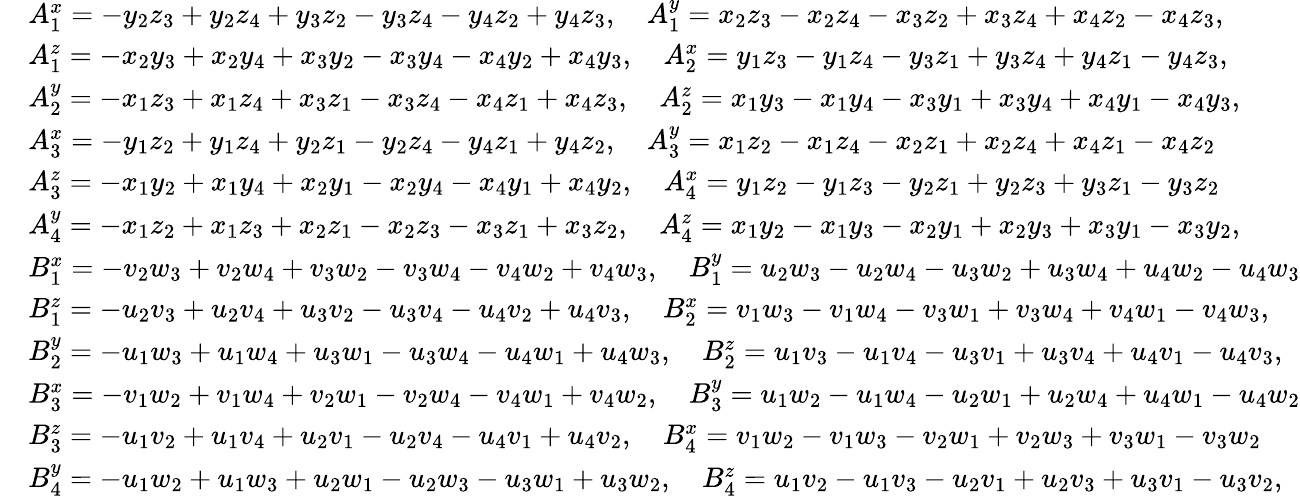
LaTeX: \begin{array}{rl}&{A_{1}^{x}=-y_{2}z_{3}+y_{2}z_{4}+y_{3}z_{2}-y_{3}z_{4}-y_{4}z_{2}+y_{4}z_{3},\quad A_{1}^{y}=x_{2}z_{3}-x_{2}z_{4}-x_{3}z_{2}+x_{3}z_{4}+x_{4}z_{2}-x_{4}z_{3},}\\ &{A_{1}^{z}=-x_{2}y_{3}+x_{2}y_{4}+x_{3}y_{2}-x_{3}y_{4}-x_{4}y_{2}+x_{4}y_{3},\quad A_{2}^{x}=y_{1}z_{3}-y_{1}z_{4}-y_{3}z_{1}+y_{3}z_{4}+y_{4}z_{1}-y_{4}z_{3},}\\ &{A_{2}^{y}=-x_{1}z_{3}+x_{1}z_{4}+x_{3}z_{1}-x_{3}z_{4}-x_{4}z_{1}+x_{4}z_{3},\quad A_{2}^{z}=x_{1}y_{3}-x_{1}y_{4}-x_{3}y_{1}+x_{3}y_{4}+x_{4}y_{1}-x_{4}y_{3},}\\ &{A_{3}^{x}=-y_{1}z_{2}+y_{1}z_{4}+y_{2}z_{1}-y_{2}z_{4}-y_{4}z_{1}+y_{4}z_{2},\quad A_{3}^{y}=x_{1}z_{2}-x_{1}z_{4}-x_{2}z_{1}+x_{2}z_{4}+x_{4}z_{1}-x_{4}z_{2}}\\ &{A_{3}^{z}=-x_{1}y_{2}+x_{1}y_{4}+x_{2}y_{1}-x_{2}y_{4}-x_{4}y_{1}+x_{4}y_{2},\quad A_{4}^{x}=y_{1}z_{2}-y_{1}z_{3}-y_{2}z_{1}+y_{2}z_{3}+y_{3}z_{1}-y_{3}z_{2}}\\ &{A_{4}^{y}=-x_{1}z_{2}+x_{1}z_{3}+x_{2}z_{1}-x_{2}z_{3}-x_{3}z_{1}+x_{3}z_{2},\quad A_{4}^{z}=x_{1}y_{2}-x_{1}y_{3}-x_{2}y_{1}+x_{2}y_{3}+x_{3}y_{1}-x_{3}y_{2},}\\ &{B_{1}^{x}=-v_{2}w_{3}+v_{2}w_{4}+v_{3}w_{2}-v_{3}w_{4}-v_{4}w_{2}+v_{4}w_{3},\quad B_{1}^{y}=u_{2}w_{3}-u_{2}w_{4}-u_{3}w_{2}+u_{3}w_{4}+u_{4}w_{2}-u_{4}w_{3}}\\ &{B_{1}^{z}=-u_{2}v_{3}+u_{2}v_{4}+u_{3}v_{2}-u_{3}v_{4}-u_{4}v_{2}+u_{4}v_{3},\quad B_{2}^{x}=v_{1}w_{3}-v_{1}w_{4}-v_{3}w_{1}+v_{3}w_{4}+v_{4}w_{1}-v_{4}w_{3},}\\ &{B_{2}^{y}=-u_{1}w_{3}+u_{1}w_{4}+u_{3}w_{1}-u_{3}w_{4}-u_{4}w_{1}+u_{4}w_{3},\quad B_{2}^{z}=u_{1}v_{3}-u_{1}v_{4}-u_{3}v_{1}+u_{3}v_{4}+u_{4}v_{1}-u_{4}v_{3},}\\ &{B_{3}^{x}=-v_{1}w_{2}+v_{1}w_{4}+v_{2}w_{1}-v_{2}w_{4}-v_{4}w_{1}+v_{4}w_{2},\quad B_{3}^{y}=u_{1}w_{2}-u_{1}w_{4}-u_{2}w_{1}+u_{2}w_{4}+u_{4}w_{1}-u_{4}w_{2}}\\ &{B_{3}^{z}=-u_{1}v_{2}+u_{1}v_{4}+u_{2}v_{1}-u_{2}v_{4}-u_{4}v_{1}+u_{4}v_{2},\quad B_{4}^{x}=v_{1}w_{2}-v_{1}w_{3}-v_{2}w_{1}+v_{2}w_{3}+v_{3}w_{1}-v_{3}w_{2}}\\ &{B_{4}^{y}=-u_{1}w_{2}+u_{1}w_{3}+u_{2}w_{1}-u_{2}w_{3}-u_{3}w_{1}+u_{3}w_{2},\quad B_{4}^{z}=u_{1}v_{2}-u_{1}v_{3}-u_{2}v_{1}+u_{2}v_{3}+u_{3}v_{1}-u_{3}v_{2},}\end{array}